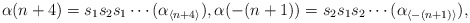
\begin{align*}\alpha(n+4) = s_1s_2s_1\cdots (\alpha_{\langle n + 4 \rangle}),\alpha(-(n+1)) = s_2s_1s_2\cdots (\alpha_{\langle -(n+1)\rangle}),\end{align*}